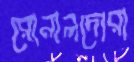
রোনালদোরা